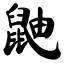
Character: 鼬